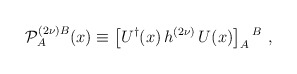
\begin{align*} {\cal P}^{(2\nu)B}_A(x) \equiv \left [ U^\dagger (x) \, h^{(2\nu)} \, U(x) \right ]_A {}^B~,\end{align*}